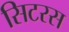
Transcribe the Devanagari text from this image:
सिटरस